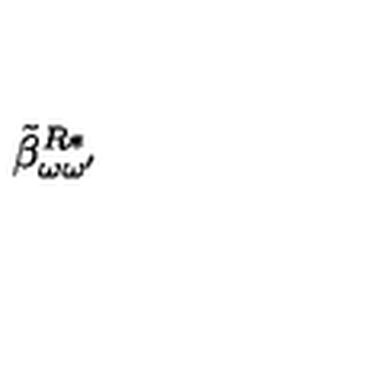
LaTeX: \: \tilde { \beta } _ { \omega \omega ^ { \prime } } ^ { R * } \: